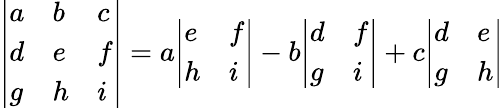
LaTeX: {\left|\begin{array}{lll}{a}&{b}&{c}\\ {d}&{e}&{f}\\ {g}&{h}&{i}\end{array}\right|}=a{\left|\begin{array}{ll}{e}&{f}\\ {h}&{i}\end{array}\right|}-b{\left|\begin{array}{ll}{d}&{f}\\ {g}&{i}\end{array}\right|}+c{\left|\begin{array}{ll}{d}&{e}\\ {g}&{h}\end{array}\right|}